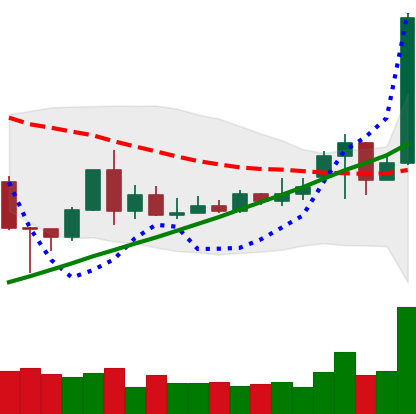
Ticker: TRX-USD
Chart end date: 2020-11-21
Forward return: -3.125%
Label: down_3_5